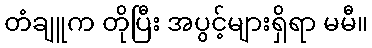
တံချူက တိုပြီး အပွင့်များရှိရာ မမီ။